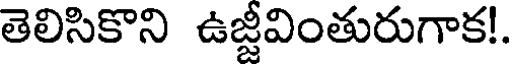
తెలిసికొని ఉజ్జీవింతురుగాక!.